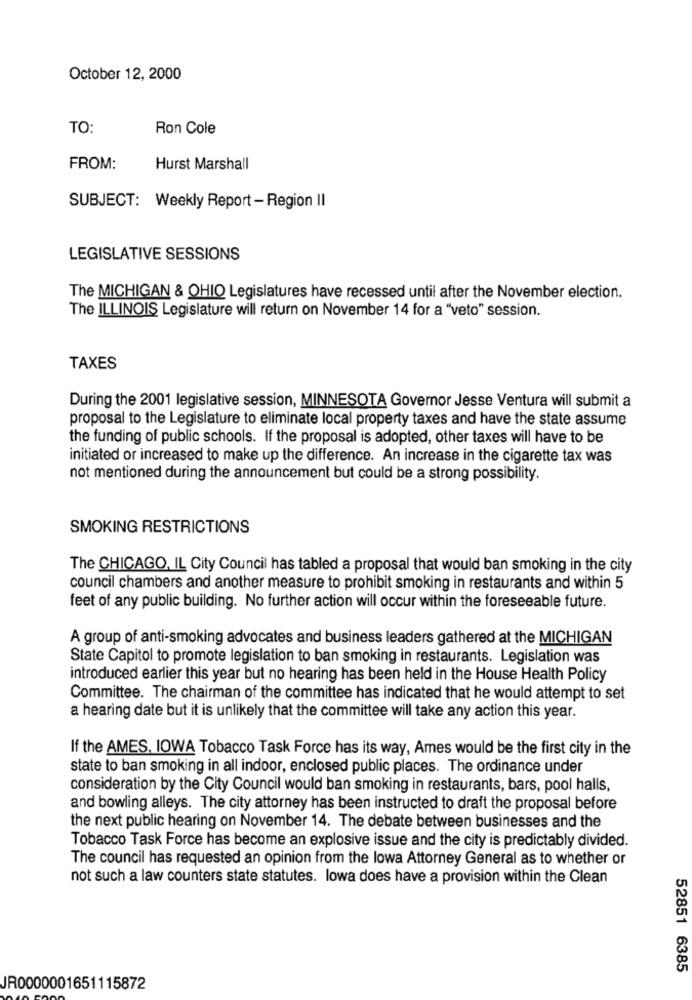
October 12, 2000
TO:
Ron Cole
FROM:
Hurst Marshall
SUBJECT: Weekly Report - Region II
LEGISLATIVE SESSIONS
The MICHIGAN & OHIO Legislatures have recessed until after the November election.
The ILLINOIS Legislature will return on November 14 for a "veto" session.
TAXES
During the 2001 legislative session, MINNESOTA Governor Jesse Ventura will submit a
proposal to the Legislature to eliminate local property taxes and have the state assume
the funding of public schools. If the proposal is adopted, other taxes will have to be
initiated or increased to make up the difference. An increase in the cigarette tax was
not mentioned during the announcement but could be a strong possibility.
SMOKING RESTRICTIONS
The CHICAGO, IL City Council has tabled a proposal that would ban smoking in the city
council chambers and another measure to prohibit smoking in restaurants and within 5
feet of any public building. No further action will occur within the foreseeable future.
A group of anti-smoking advocates and business leaders gathered at the MICHIGAN
State Capitol to promote legislation to ban smoking in restaurants. Legislation was
introduced earlier this year but no hearing has been held in the House Health Policy
Committee. The chairman of the committee has indicated that he would attempt to set
a hearing date but it is unlikely that the committee will take any action this year.
If the AMES, IOWA Tobacco Task Force has its way, Ames would be the first city in the
state to ban smoking in all indoor, enclosed public places. The ordinance under
consideration by the City Council would ban smoking in restaurants, bars, pool halls,
and bowling alleys. The city attorney has been instructed to draft the proposal before
the next public hearing on November 14. The debate between businesses and the
Tobacco Task Force has become an explosive issue and the city is predictably divided.
The council has requested an opinion from the lowa Attorney General as to whether or
not such a law counters state statutes. lowa does have a provision within the Clean
52851 6385
JR0000001651115872